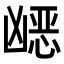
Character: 𭂿